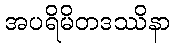
အပရိမိတဒဿိနာ